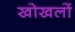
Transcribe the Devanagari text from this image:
खोखलों